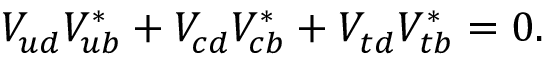
V _ { u d } ^ { } V _ { u b } ^ { * } + V _ { c d } ^ { } V _ { c b } ^ { * } + V _ { t d } ^ { } V _ { t b } ^ { * } = 0 .